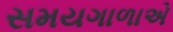
સમયગાળાએ